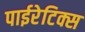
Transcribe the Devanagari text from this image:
पाईरेटिक्स